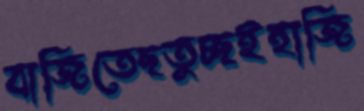
বাজিতেছতুচ্ছইহাজি